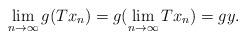
LaTeX: \begin{align*}\lim_{n\to \infty}g(Tx_n)=g(\lim_{n\to \infty}Tx_n)=gy.\end{align*}